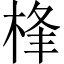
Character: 桻